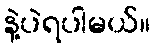
နဲ့ပဲရပါမယ်။